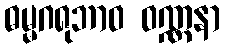
ဓမ္မဂရုဘာဝ ဝဏ္ဏနာ